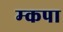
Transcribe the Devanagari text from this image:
म्कपा